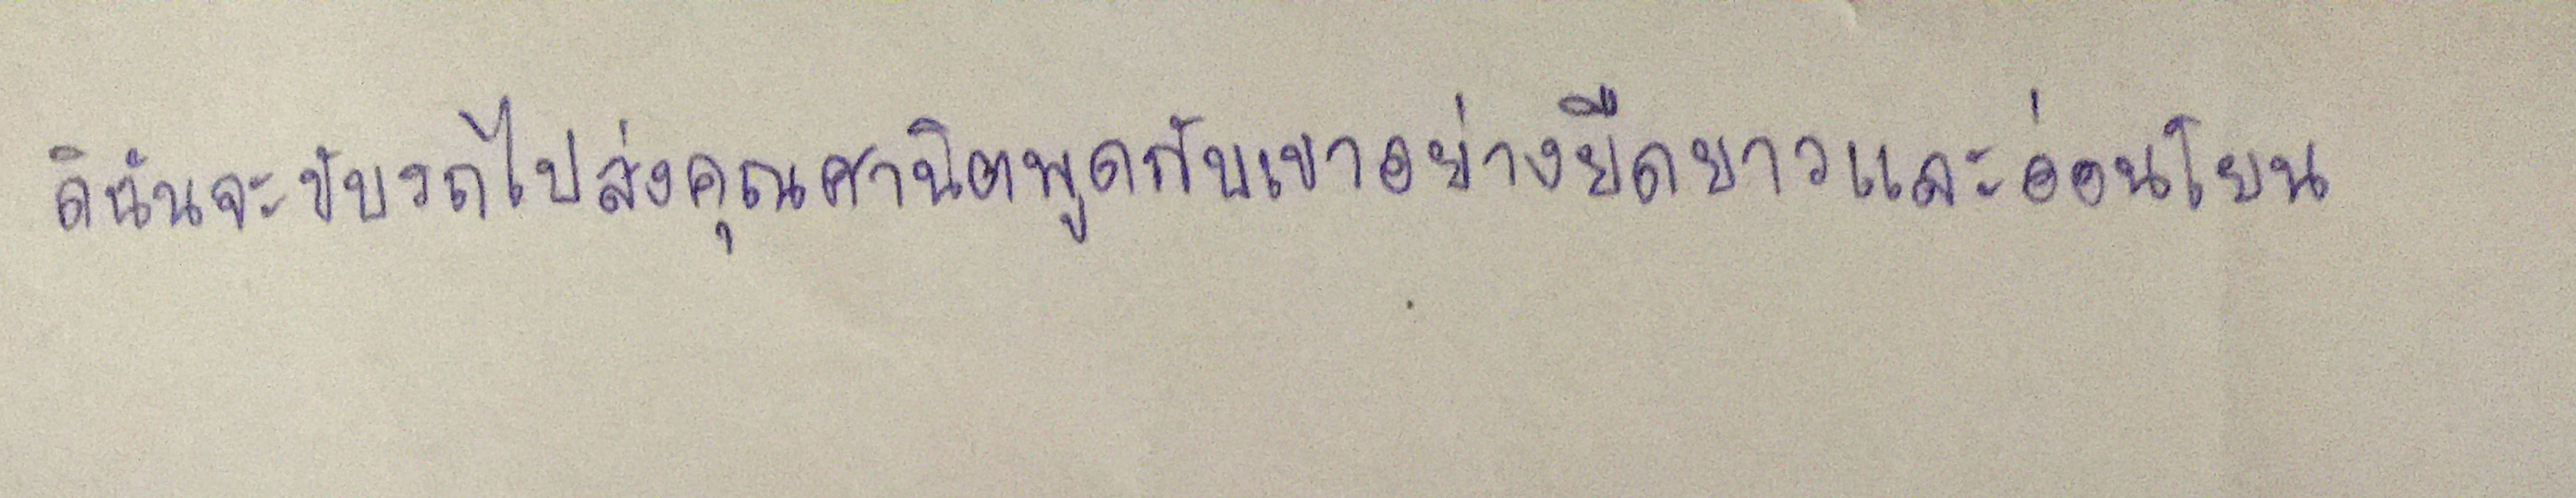
ดิฉันจะขับรถไปส่งคุณศานิตพูดกับเขาอย่างยืดยาวและอ่อนโยน